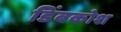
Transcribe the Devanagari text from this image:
डिंबकोश